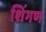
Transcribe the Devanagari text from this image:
शिंगण